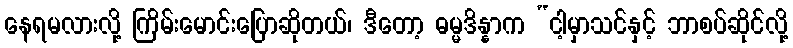
နေရမလားလို့ ကြိမ်းမောင်းပြောဆိုတယ်၊ ဒီတော့ ဓမ္မဒိန္နာက “ငါ့မှာသင်နှင့် ဘာစပ်ဆိုင်လို့